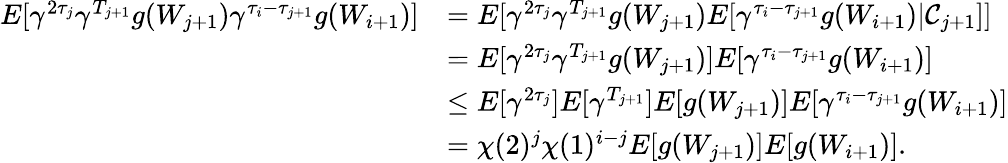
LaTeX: \begin{array}{rl}{E[\gamma^{2\tau_{j}}\gamma^{T_{j+1}}g(W_{j+1})\gamma^{\tau_{i}-\tau_{j+1}}g(W_{i+1})]}&{=E[\gamma^{2\tau_{j}}\gamma^{T_{j+1}}g(W_{j+1})E[\gamma^{\tau_{i}-\tau_{j+1}}g(W_{i+1})|\mathcal{C}_{j+1}]]}\\ &{=E[\gamma^{2\tau_{j}}\gamma^{T_{j+1}}g(W_{j+1})]E[\gamma^{\tau_{i}-\tau_{j+1}}g(W_{i+1})]}\\ &{\leq E[\gamma^{2\tau_{j}}]E[\gamma^{T_{j+1}}]E[g(W_{j+1})]E[\gamma^{\tau_{i}-\tau_{j+1}}g(W_{i+1})]}\\ &{=\chi(2)^{j}\chi(1)^{i-j}E[g(W_{j+1})]E[g(W_{i+1})].}\end{array}